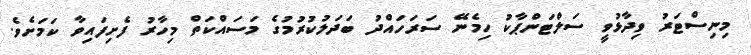
މިނިސްޓަރު ވިދާޅުވީ ސަލްޓަންޕާކު ހިމެނޭ ސަރަހައްދު ބަދަލުކުރުމުގެ މަސައްކަތް މިހާރު ފެށިފައިވާ ކަމަށެވެ.